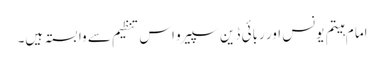
اما م ہیتم یونس اور ربائی ڈین سپیرو اس تنظیم سے وابستہ ہیں۔